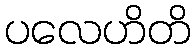
ပလေဟိတိ